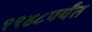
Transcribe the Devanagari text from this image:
१९४८पर्यंत